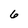
Character: 6